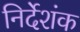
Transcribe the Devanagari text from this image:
निर्देशंक